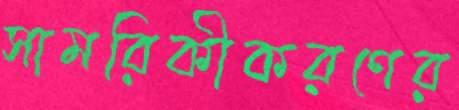
সামরিকীকরণের